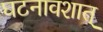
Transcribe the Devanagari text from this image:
घटनावशात्